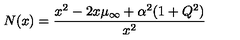
N ( x ) = { \frac { x ^ { 2 } - 2 x \mu _ { \infty } + \alpha ^ { 2 } ( 1 + Q ^ { 2 } ) } { x ^ { 2 } } }